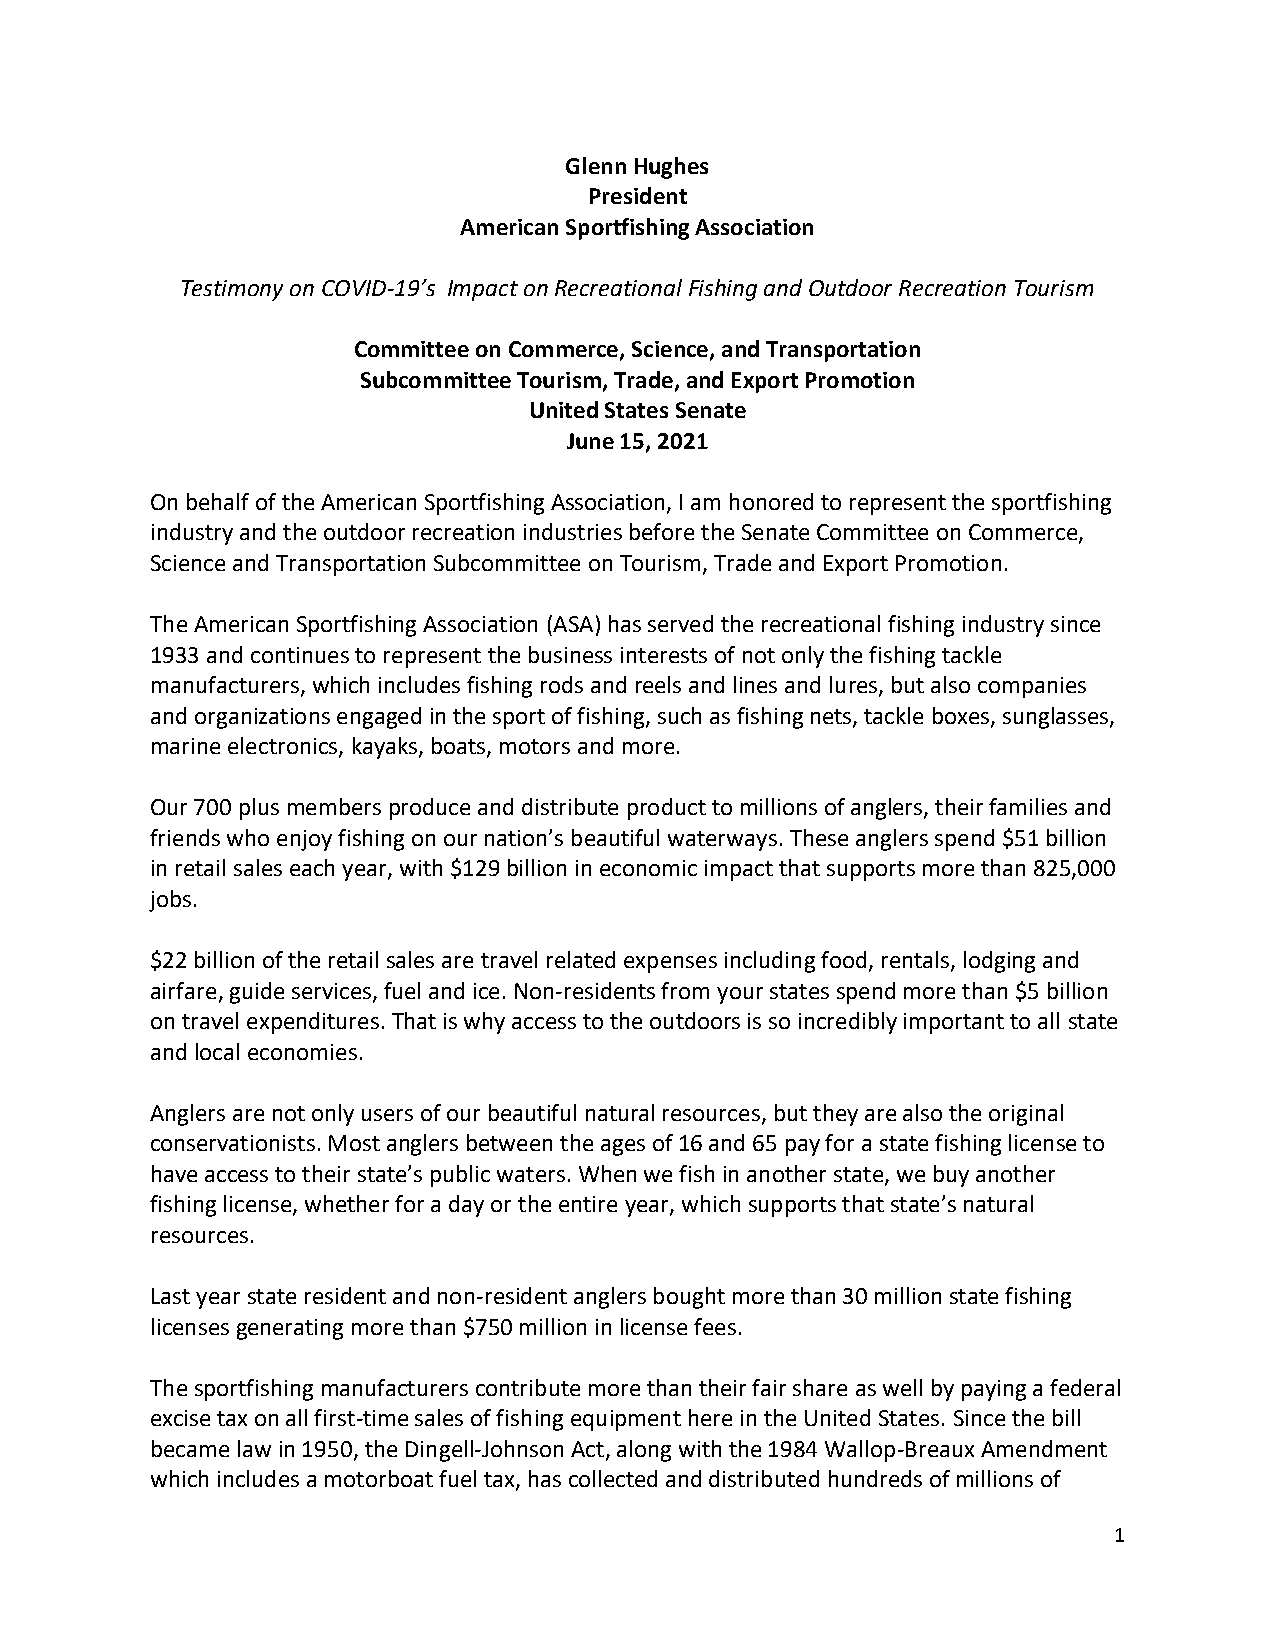
Glenn Hughes
 President
 American Sportfishing Association
 Testimony on COVID-19’s Impact on Recreational Fishing and Outdoor Recreation Tourism
 Committee on Commerce, Science, and Transportation
 Subcommittee Tourism, Trade, and Export Promotion
 United States Senate
 June 15, 2021
 On behalf of the American Sportfishing Association, I am honored to represent the sportfishing
 industry and the outdoor recreation industries before the Senate Committee on Commerce,
 Science and Transportation Subcommittee on Tourism, Trade and Export Promotion.
 The American Sportfishing Association (ASA) has served the recreational fishing industry since
 1933 and continues to represent the business interests of not only the fishing tackle
 manufacturers, which includes fishing rods and reels and lines and lures, but also companies
 and organizations engaged in the sport of fishing, such as fishing nets, tackle boxes, sunglasses,
 marine electronics, kayaks, boats, motors and more.
 Our 700 plus members produce and distribute product to millions of anglers, their families and
 friends who enjoy fishing on our nation’s beautiful waterways. These anglers spend $51 billion
 in retail sales each year, with $129 billion in economic impact that supports more than 825,000
 jobs.
 $22 billion of the retail sales are travel related expenses including food, rentals, lodging and
 airfare, guide services, fuel and ice. Non-residents from your states spend more than $5 billion
 on travel expenditures. That is why access to the outdoors is so incredibly important to all state
 and local economies.
 Anglers are not only users of our beautiful natural resources, but they are also the original
 conservationists. Most anglers between the ages of 16 and 65 pay for a state fishing license to
 have access to their state’s public waters. When we fish in another state, we buy another
 fishing license, whether for a day or the entire year, which supports that state’s natural
 resources.
 Last year state resident and non-resident anglers bought more than 30 million state fishing
 licenses generating more than $750 million in license fees.
 The sportfishing manufacturers contribute more than their fair share as well by paying a federal
 excise tax on all first-time sales of fishing equipment here in the United States. Since the bill
 became law in 1950, the Dingell-Johnson Act, along with the 1984 Wallop-Breaux Amendment
 which includes a motorboat fuel tax, has collected and distributed hundreds of millions of
 1